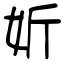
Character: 妡